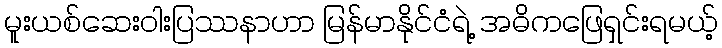
မူးယစ်ဆေးဝါးပြဿနာဟာ မြန်မာနိုင်ငံရဲ့ အဓိကဖြေရှင်းရမယ့်